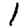
Digit: 1